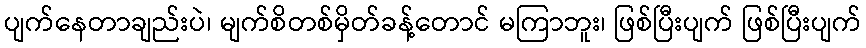
ပျက်နေတာချည်းပဲ၊ မျက်စိတစ်မှိတ်ခန့်တောင် မကြာဘူး၊ ဖြစ်ပြီးပျက် ဖြစ်ပြီးပျက်